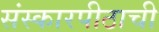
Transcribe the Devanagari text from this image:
संस्कारपीठाची